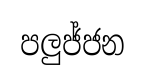
පලුජ්ජන